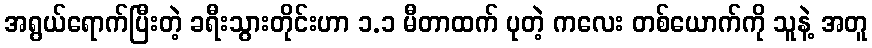
အရွယ်ရောက်ပြီးတဲ့ ခရီးသွားတိုင်းဟာ ၁.၁ မီတာထက် ပုတဲ့ ကလေး တစ်ယောက်ကို သူနဲ့ အတူ